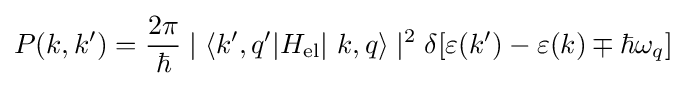
P(k,k')={\frac {2\pi }{\hbar }}\mid \langle k',q'|H_{\text{el}}|\ k,q\rangle \mid ^{2}\delta [\varepsilon (k')-\varepsilon (k)\mp \hbar \omega _{q}]